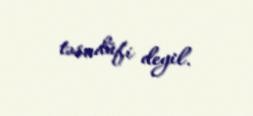
təsadüfi deyil.